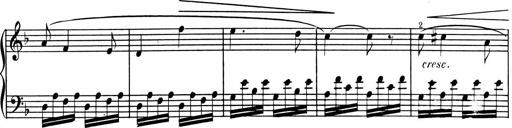
Title: 1Ã¨re Sonatine
Composer: FrÃ©dÃ©ric Binet